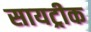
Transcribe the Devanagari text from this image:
सायट्रीक